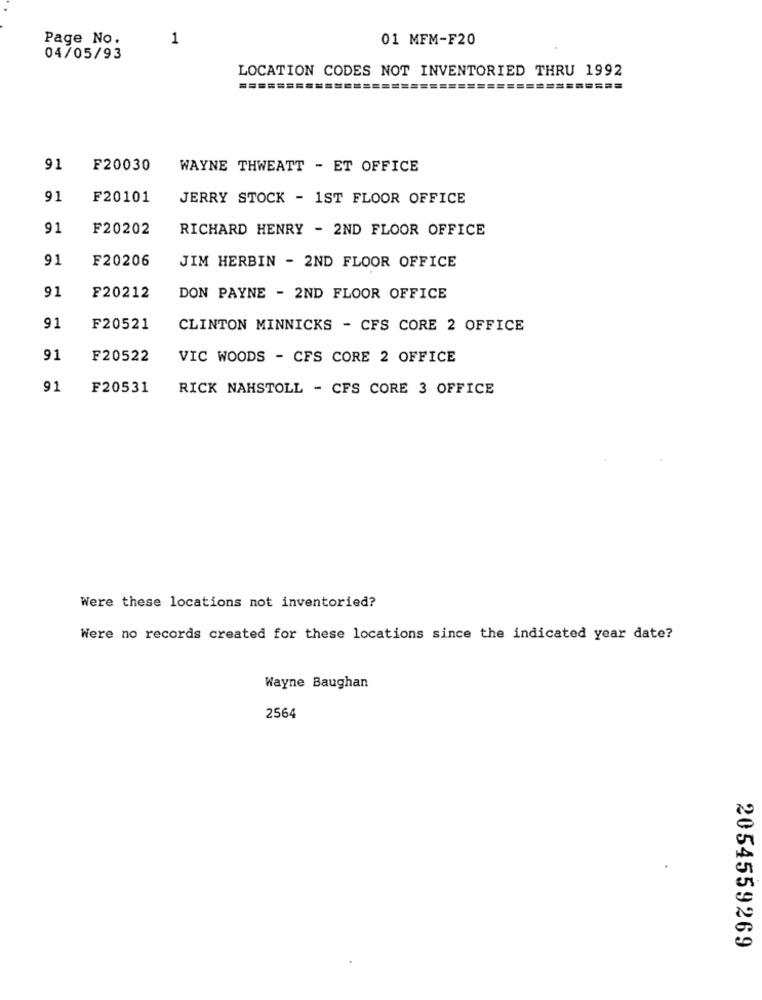
Page No.
1
01 MFM-F20
04/05/93
LOCATION CODES NOT INVENTORIED THRU 1992
=========
===
91
F20030
WAYNE THWEATT - ET OFFICE
91
F20101
JERRY STOCK - 1ST FLOOR OFFICE
91
F20202
RICHARD HENRY - 2ND FLOOR OFFICE
91
F20206
JIM HERBIN - 2ND FLOOR OFFICE
91
F20212
DON PAYNE - 2ND FLOOR OFFICE
91
F20521
CLINTON MINNICKS - CFS CORE 2 OFFICE
91
F20522
VIC WOODS - CFS CORE 2 OFFICE
91
F20531
RICK NAHSTOLL - CFS CORE 3 OFFICE
Were these locations not inventoried?
Were no records created for these locations since the indicated year date?
Wayne Baughan
2564
2054559269